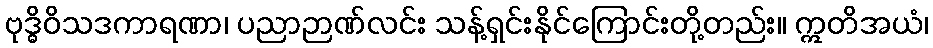
ဗုဒ္ဓိဝိသဒကာရဏာ၊ ပညာဉာဏ်လင်း သန့်ရှင်းနိုင်ကြောင်းတို့တည်း။ ဣတိအယံ၊